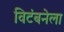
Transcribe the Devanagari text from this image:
विटंबनेला